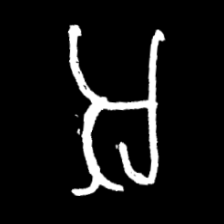
Pyu character \u2014 Myanmar letter: အ (romanized: a)